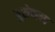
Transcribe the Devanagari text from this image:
युरोपाच्य